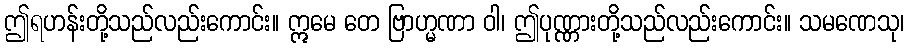
ဤရဟန်းတို့သည်လည်းကောင်း။ ဣမေ တေ ဗြာဟ္မဏာ ဝါ၊ ဤပုဏ္ဏားတို့သည်လည်းကောင်း။ သမဏေသု၊